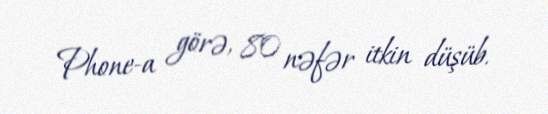
Phone-a görə, 80 nəfər itkin düşüb.